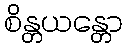
စိန္တယန္တော